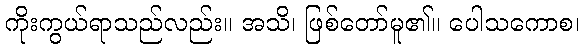
ကိုးကွယ်ရာသည်လည်း။ အသိ၊ ဖြစ်တော်မူ၏။ ပေါသကောစ၊